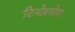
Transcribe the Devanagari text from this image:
टिनोस्पोरा